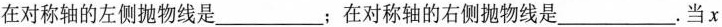
在对称轴的左侧抛物线是___；在对称轴的右侧抛物线是___。当x